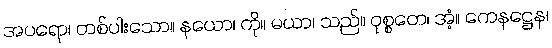
အပရော၊ တစ်ပါးသော။ နယော၊ ကို။ မယာ၊ သည်။ ဝုစ္စတေ၊ အံ့။ ကေနဋ္ဌေန၊